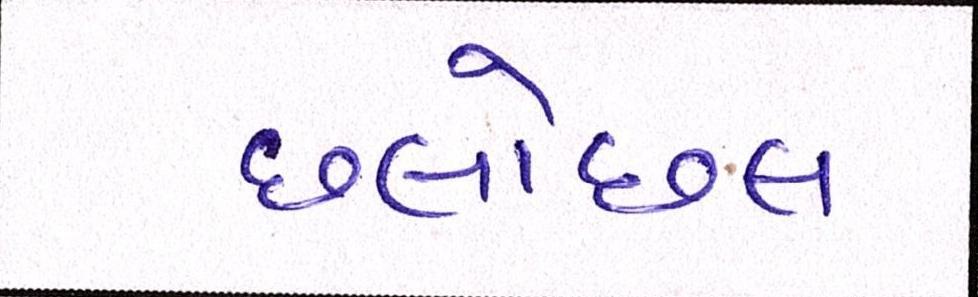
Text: છલોછલ